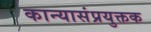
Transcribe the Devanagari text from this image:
कान्यासंप्रयुक्तक